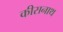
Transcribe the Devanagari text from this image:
कीसनाथ